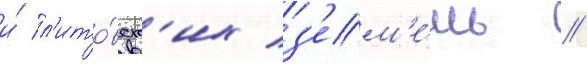
и́ л'ито́вск'их з'ем'е́ль //